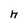
Character: h